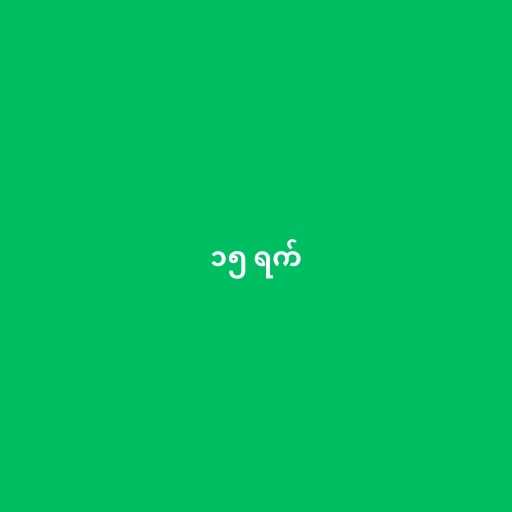
၁၅ ရက်